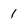
Character: 1